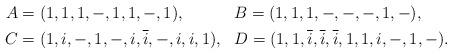
LaTeX: \begin{align*}A&=(1,1,1,-,1,1,-,1), \ \ \ \ \ \ \ \ \ B=(1,1,1,-,-,-,1,-), \\C&=(1,i,-,1,-,i,\overline{i},-,i,i,1), \ \ D=(1,1,\overline{i},\overline{i},\overline{i},1,1,i,-,1,-).\end{align*}